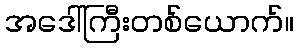
အဒေါ်ကြီးတစ်ယောက်။